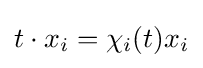
t\cdot x_{i}=\chi _{i}(t)x_{i}